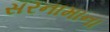
સરનામાના